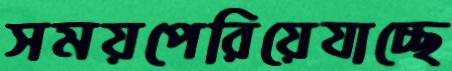
সময়পেরিয়েযাচ্ছে